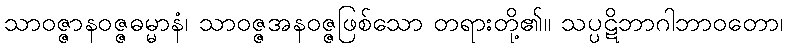
သာဝဇ္ဇာနဝဇ္ဇဓမ္မာနံ၊ သာဝဇ္ဇအနဝဇ္ဇဖြစ်သော တရားတို့၏။ သပ္ပဋိဘာဂါဘာဝတော၊